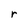
Character: r